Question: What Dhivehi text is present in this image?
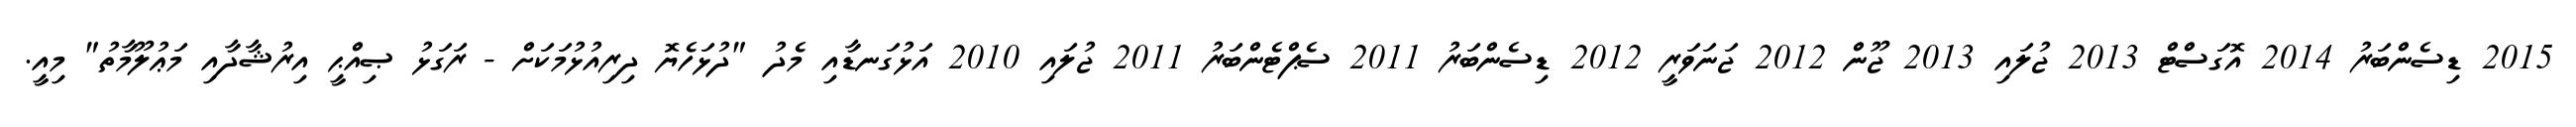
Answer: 2015 ޑިސެންބަރު 2014 އޮގަސްޓް 2013 ޖުލައި 2013 ޖޫން 2012 ޖަނަވަރީ 2012 ޑިސެންބަރު 2011 ސެޕްޓެންބަރު 2011 ޖުލައި 2010 އަޅުގަނޑާއި މެދު "ދުޅަހެޔޮ ދިރިއުޅުމަކަށް - ރަގަޅު ޞިއްޙީ އިރުޝާދާއި މަޢުލޫމާތު" މިއީ.